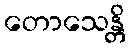
တောသေန္တိ